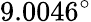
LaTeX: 9.0046^{\circ}